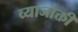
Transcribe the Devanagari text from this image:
व्याजोक्ती